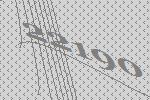
22190